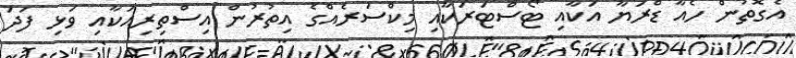
އެގޮތުން ހެއާ ޑްރަޔާ އަކާއި ޓޯސްޓަރަކާއި މިކްސަރެއްގެ އިތުރުން އިސްތިރިއަކާއި ވަޅި ފަދަ